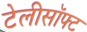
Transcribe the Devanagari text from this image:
टेलीसॉफ्ट